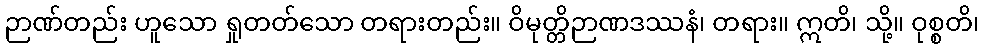
ဉာဏ်တည်း ဟူသော ရှုတတ်သော တရားတည်း။ ဝိမုတ္တိဉာဏဒဿနံ၊ တရား။ ဣတိ၊ သို့။ ဝုစ္စတိ၊